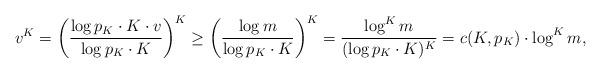
LaTeX: \begin{align*}v^K=\left(\frac{\log{p_K}\cdot K\cdot v}{\log{p_K}\cdot K}\right)^K\geq\left(\frac{\log{m}}{\log{p_K}\cdot K}\right)^K=\frac{\log^K{m}}{(\log{p_K}\cdot K)^K}=c(K,p_K)\cdot\log^K{m},\end{align*}